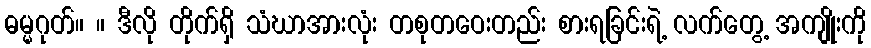
ဓမ္မဂုတ်။ ။ ဒီလို တိုက်ရှိ သံဃာအားလုံး တစုတဝေးတည်း စားရခြင်းရဲ့ လက်တွေ့ အကျိုးကို